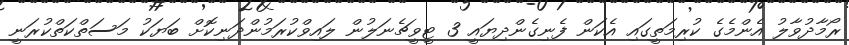
ރޯމާދުވާލު އެންމެގެ ކުރިމަތީގައި އެކަން ފެނިގެންދިޔައީ 3 ޓީވީޗެނަލުން ލައިވްކުރަމުންދަނިކޮށް ބަޔަކު މަސަތްކަތްކުރަނީ